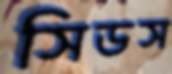
সিডস